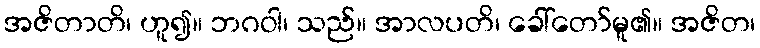
အဇိတာတိ၊ ဟူ၍။ ဘဂဝါ၊ သည်။ အာလပတိ၊ ခေါ်တော်မူ၏။ အဇိတ၊